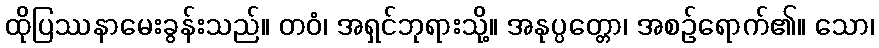
ထိုပြဿနာမေးခွန်းသည်။ တဝံ၊ အရှင်ဘုရားသို့။ အနုပ္ပတ္တော၊ အစဉ်ရောက်၏။ သော၊